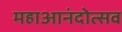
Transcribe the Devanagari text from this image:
महाआनंदोत्सव